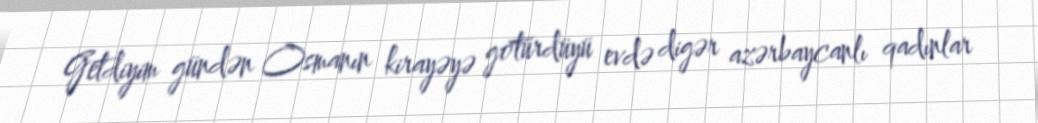
Getdiyim gündən Osmanın kirayəyə götürdüyü evdə digər azərbaycanlı qadınlar